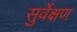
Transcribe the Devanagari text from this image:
सुर्वेक्षण